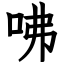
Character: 咈